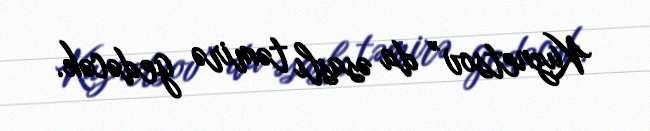
Kuznetsov” da əsaslı təmirə gedəcək.